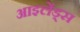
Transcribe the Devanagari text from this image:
आइलेंड्स